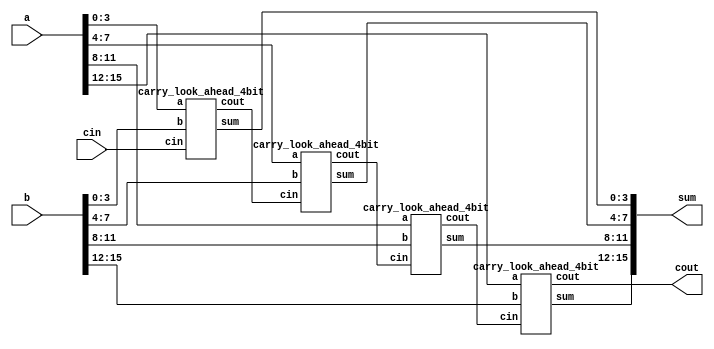
`timescale 1ns / 1ps

module carry_look_ahead_16bit(a,b, cin, sum,cout);
input [15:0] a,b;
input cin;
output [15:0] sum;
output cout;
wire c1,c2,c3;
 
carry_look_ahead_4bit cla1 (.a(a[3:0]), .b(b[3:0]), .cin(cin), .sum(sum[3:0]), .cout(c1));
carry_look_ahead_4bit cla2 (.a(a[7:4]), .b(b[7:4]), .cin(c1), .sum(sum[7:4]), .cout(c2));
carry_look_ahead_4bit cla3(.a(a[11:8]), .b(b[11:8]), .cin(c2), .sum(sum[11:8]), .cout(c3));
carry_look_ahead_4bit cla4(.a(a[15:12]), .b(b[15:12]), .cin(c3), .sum(sum[15:12]), .cout(cout));
 
endmodule
 
////////////////////////////////////////////////////////
//4-bit Carry Look Ahead Adder 
////////////////////////////////////////////////////////
 
module carry_look_ahead_4bit(a,b, cin, sum,cout);
input [3:0] a,b;
input cin;
output [3:0] sum;
output cout;
 
wire [3:0] p,g,c;
 
assign p=a^b;//propagate
assign g=a&b; //generate
 
assign c[0]=cin;
assign c[1]= g[0]|(p[0]&c[0]);
assign c[2]= g[1] | (p[1]&g[0]) | p[1]&p[0]&c[0];
assign c[3]= g[2] | (p[2]&g[1]) | p[2]&p[1]&g[0] | p[2]&p[1]&p[0]&c[0];
assign cout= g[3] | (p[3]&g[2]) | p[3]&p[2]&g[1] | p[3]&p[2]&p[1]&p[0]&c[0];
assign sum=p^c;
 
endmodule